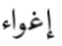
إغواء